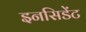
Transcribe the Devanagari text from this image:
इनसिडेंट